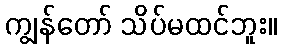
ကျွန်တော် သိပ်မထင်ဘူး။